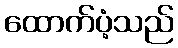
ထောက်ပံ့သည်